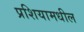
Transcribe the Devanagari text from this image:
प्रशियामधील